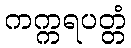
ကက္ကရပတ္တံ